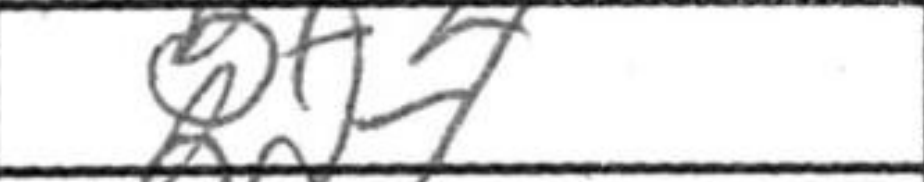
Transcription: Bf4